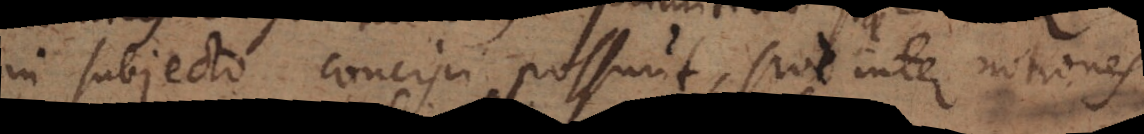
in subjecto concipi possunt, sive inter notiones